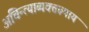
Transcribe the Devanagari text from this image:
अचिन्त्याव्यक्तरूपाय